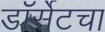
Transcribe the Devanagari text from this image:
डॉर्सेटचा